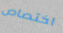
اختصاص